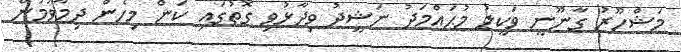
މަޝްހޫރު ގާނޫނީ ވަކީލު މުޙައްމަދު ނަޝީދު ވިދާޅުވި ގޮތުގައި ކަން މިހެން ދިމާވުމުން